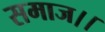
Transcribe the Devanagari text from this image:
समाज।।